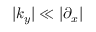
| k _ { y } | \ll | \partial _ { x } |